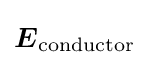
{\boldsymbol {E}}_{\mathrm {conductor} }